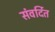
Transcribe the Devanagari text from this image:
संवर्दित